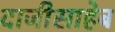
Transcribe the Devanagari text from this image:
दाजीसाहेब